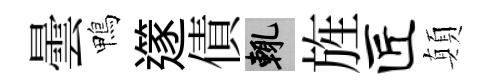
曇鴨𨗹債輒旌匠顛